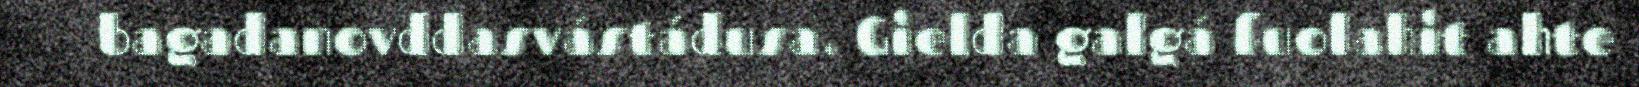
bagadanovddasvástádusa. Gielda galgá fuolahit ahte